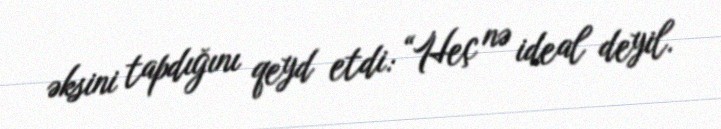
əksini tapdığını qeyd etdi: “Heç nə ideal deyil.